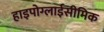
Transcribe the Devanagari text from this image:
हाइपोग्लाईसीमिक